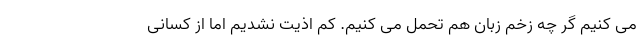
می کنیم گر چه زخم زبان هم تحمل می کنیم. کم اذیت نشدیم اما از کسانی